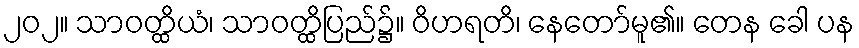
၂၀၂။ သာဝတ္ထိယံ၊ သာဝတ္ထိပြည်၌။ ဝိဟရတိ၊ နေတော်မူ၏။ တေန ခေါ ပန